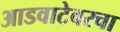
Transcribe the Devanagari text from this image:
आडवाटेवरचा